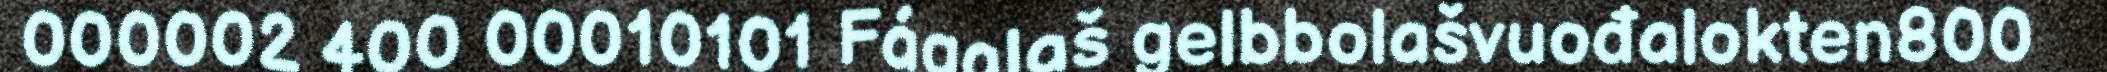
000002 400 00010101 Fágalaš gelbbolašvuođalokten800